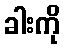
ခါးကို